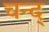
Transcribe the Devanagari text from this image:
चन्द्